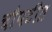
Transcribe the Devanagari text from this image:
चौपटीत